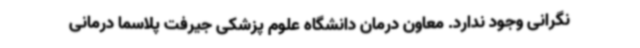
نگرانی وجود ندارد. معاون درمان دانشگاه علوم پزشکی جیرفت پلاسما درمانی